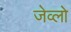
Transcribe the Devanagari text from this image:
जेव्लो